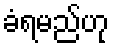
ခံရမည်ဟု